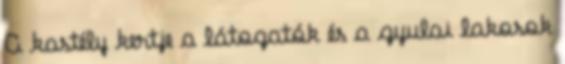
A kastély kertje a látogatók és a gyulai lakosok